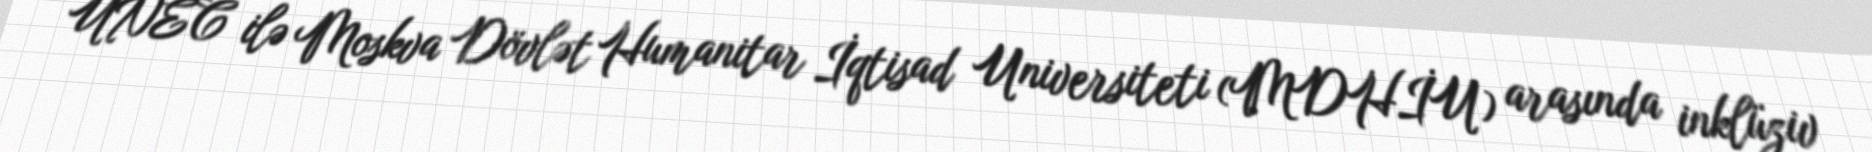
UNEC ilə Moskva Dövlət Humanitar İqtisad Universiteti (MDHİU) arasında inklüziv